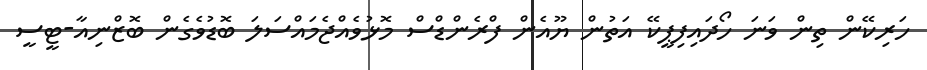
ހަރިކޭން ތިން ވަނަ ހޯދައިފިޕީކޭ އަތުން ޔޫއެން ފްރެންޑްސް މޮޅުވެއްޖެމައްސަލަ ބޮޑުވެގެން ބޮޒްނިއާ-ޓީސީ